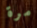
مرة